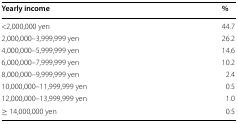
| Yearly income | % |
 | --- | --- |
 | <2,000,000 yen | 44.7 |
 | 2,000,000–3,999,999 yen | 26.2 |
 | 4,000,000–5,999,999 yen | 14.6 |
 | 6,000,000–7,999,999 yen | 10.2 |
 | 8,000,000–9,999,999 yen | 2.4 |
 | 10,000,000–11,999,999 yen | 0.5 |
 | 12,000,000–13,999,999 yen | 1.0 |
 | ≥ 14,000,000 yen | 0.5 |